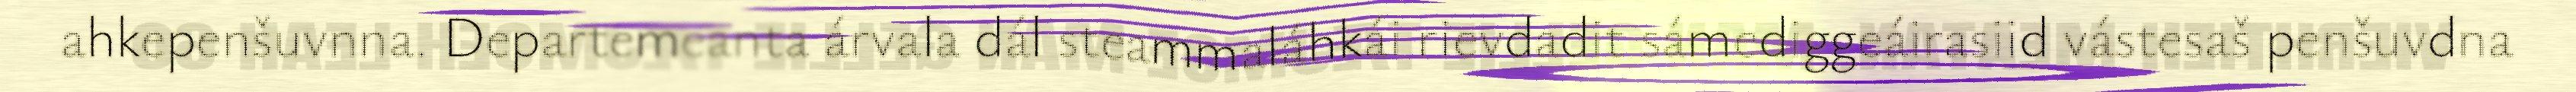
ahkepenšuvnna. Departemeanta árvala dál steammaláhkái rievdadit sámediggeáirasiid vástesaš penšuvdna